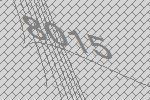
8015